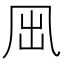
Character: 𠘼